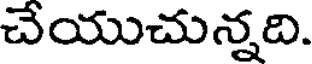
చేయుచున్నది.